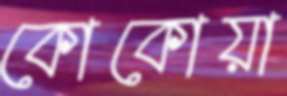
কোকোয়া